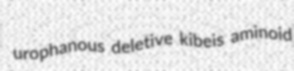
urophanous deletive kibeis aminoid